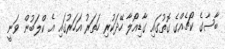
ބާސާގެ ކޯޗެއްގެ ގޮތުގައި ގާޑިއޯލާ ހޭދަކުރި ހަތަރު އަހަރުގައި އެ ކްލަބުން ވަނީ